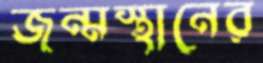
জন্মস্থানের